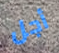
أجل